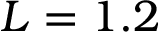
L = 1 . 2